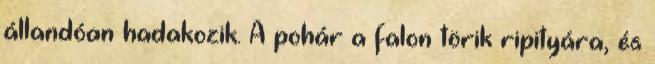
állandóan hadakozik. A pohár a falon törik ripityára, és